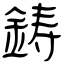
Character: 鋳